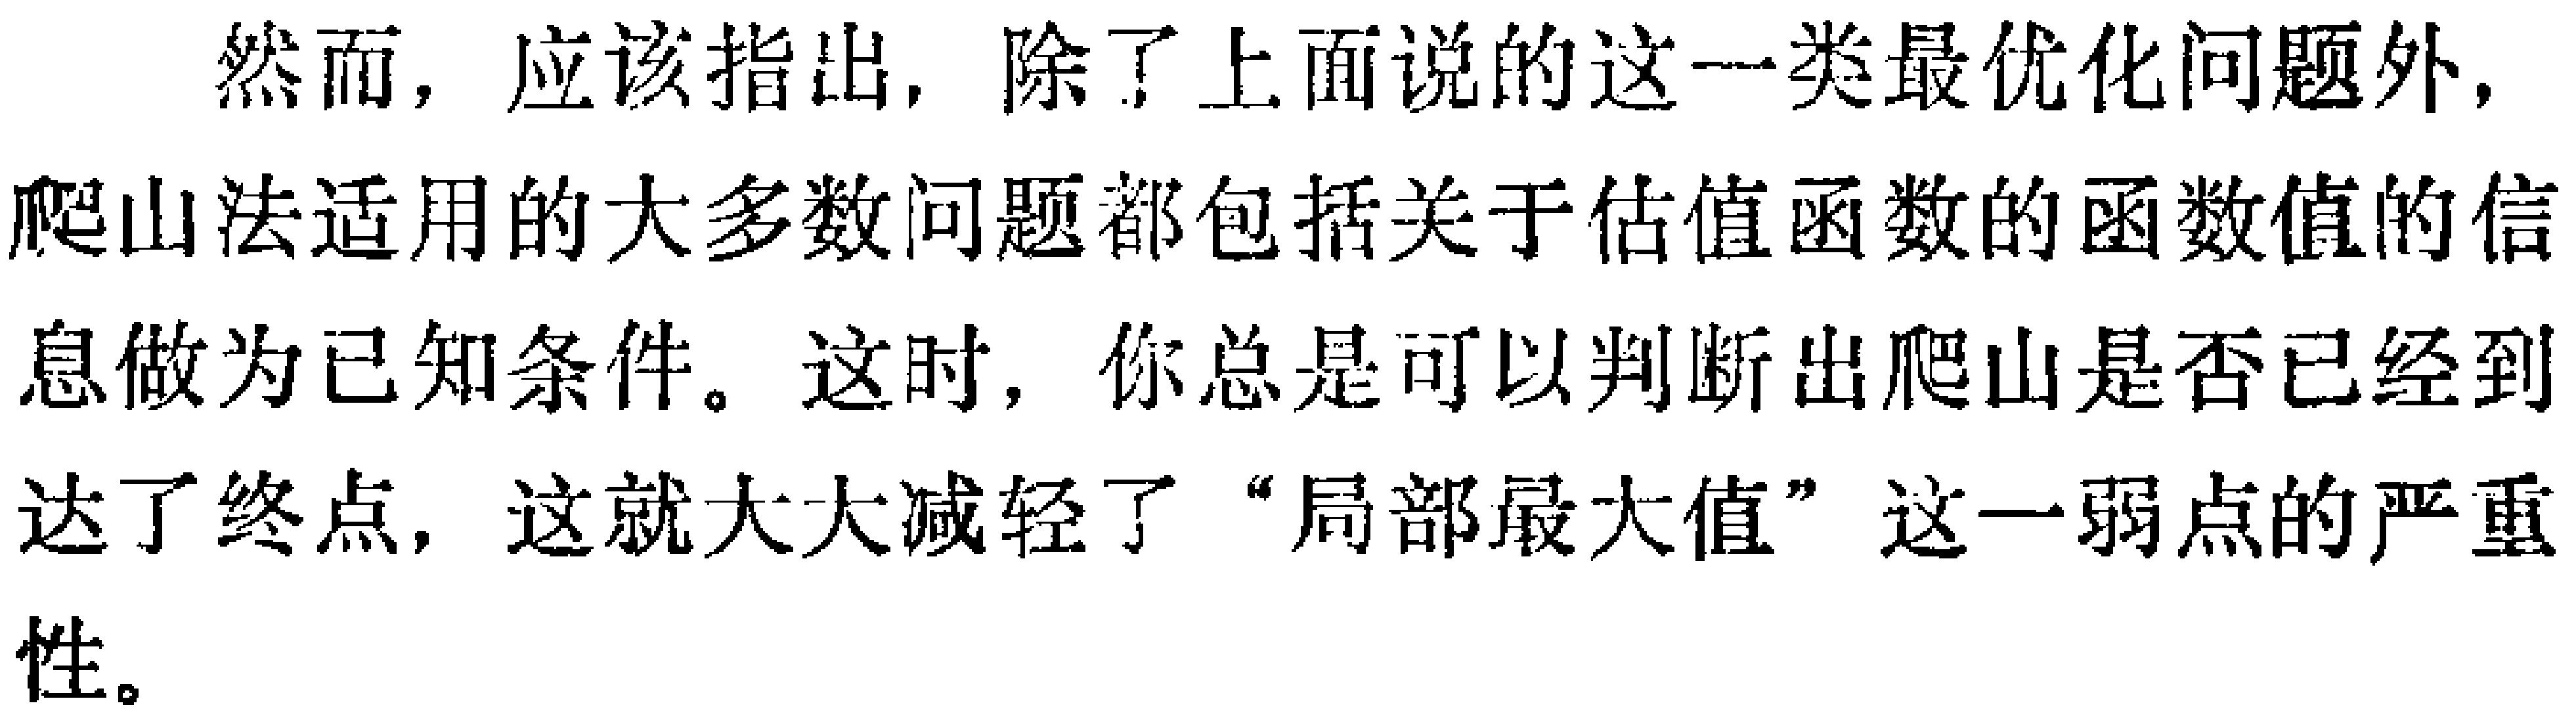
然而，应该指出，除了上面说的这一类最优化问题外，爬山法适用的大多数问题都包括关于估值函数的函数值的信息做为已知条件。这时，你总是可以判断出爬山是否已经到达了终点，这就大大减轻了“局部最大值”这一弱点的严重性。